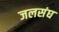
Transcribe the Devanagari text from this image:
जलसंघ